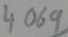
Text: 4069